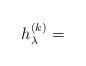
LaTeX: \begin{align*}h_{\lambda}^{(k)} = \end{align*}